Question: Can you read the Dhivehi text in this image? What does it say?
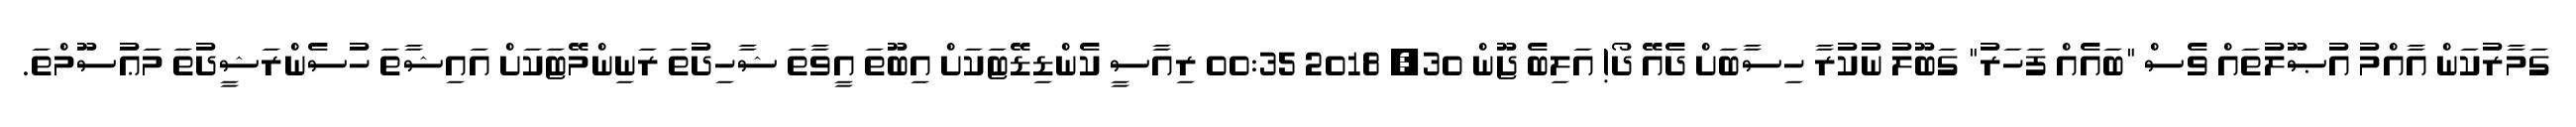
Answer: ގަމާރުކަން އާއްމު އުޞޫލުތައް ވެސް "ބައެއް ފަހަރު" ގަބޫލު ނުކުރާ ހިސާބަށް ދެއޭ ދޯ! އަލިބެ ޖޫން 30, 2018 00:35 ރިއާސީ ކެންޑިޑޭޓަކަށް އިބޫތަ އީވާތަ ޝާހިދުތަ ރަނިންމޭޓަކަށް އައިޝާތަ ހުސެންރަޝީދުތަ މަޢުސޫމްތަ.